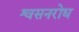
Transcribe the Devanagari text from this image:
श्वसनरोध